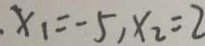
x _ { 1 } = - 5 , x _ { 2 } = 2